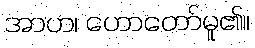
အာဟ၊ ဟောတော်မူ၏။